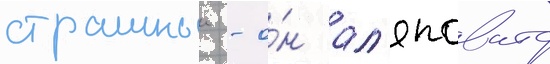
страшныи - о́н ал'яповато